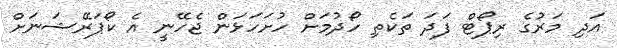
އަދި މަރުގެ ރިޕޯޓް ފަދަ ތަކެތި ހޯދުމަށް ހުށަހަޅަން ޖެހޭނީ އެ ކޯޕަރޭޝަނަށް